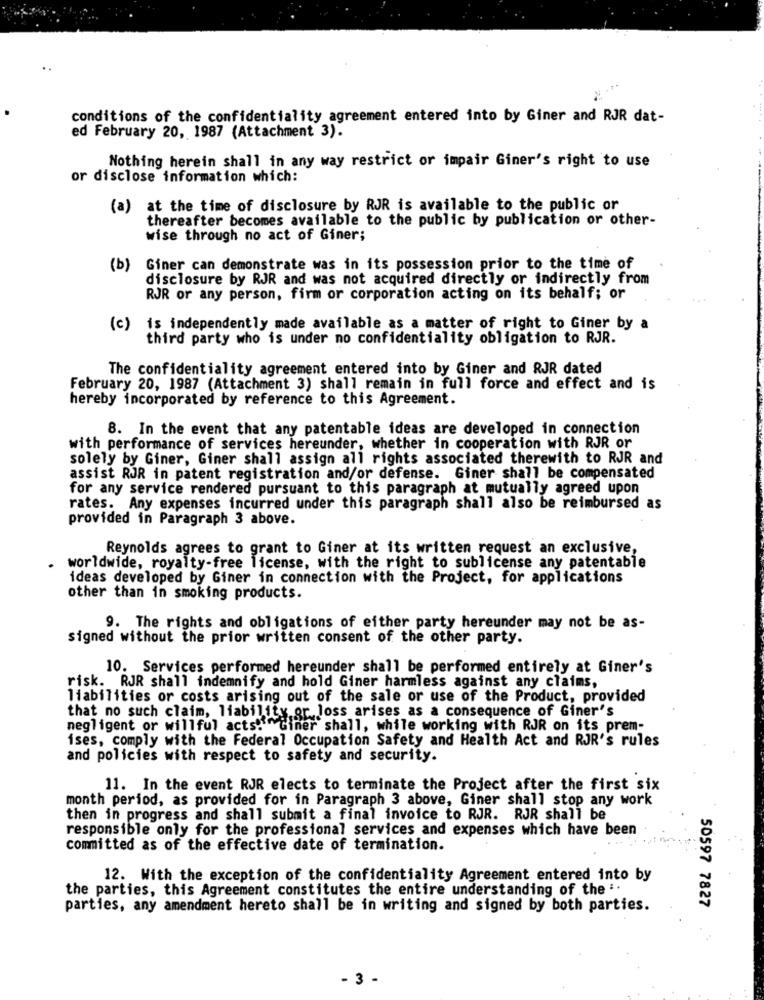
conditions of the confidentiality agreement entered into by Giner and RJR dat-
ed February 20, 1987 (Attachment 3).
Nothing herein shall in any way restrict or impair Giner's right to use
or disclose information which:
(a) at the time of disclosure by RJR is available to the public or
thereafter becomes available to the public by publication or other-
wise through no act of Giner;
(b) Giner can demonstrate was in its possession prior to the time of
disclosure by RJR and was not acquired directly or indirectly from
RJR or any person, firm or corporation acting on its behalf; or
(c)
is independently made available as a matter of right to Giner by a
third party who is under no confidentiality obligation to RJR.
The confidentiality agreement entered into by Giner and RJR dated
February 20, 1987 (Attachment 3) shall remain in full force and effect and is
hereby incorporated by reference to this Agreement.
8. In the event that any patentable ideas are developed in connection
with performance of services hereunder, whether in cooperation with RJR or
solely by Giner, Giner shall assign all rights associated therewith to RJR and
assist RJR in patent registration and/or defense. Giner shall be compensated
for any service rendered pursuant to this paragraph at mutually agreed upon
rates. Any expenses incurred under this paragraph shall also be reimbursed as
provided in Paragraph 3 above.
Reynolds agrees to grant to Giner at its written request an exclusive,
worldwide, royalty-free license, with the right to sublicense any patentable
ideas developed by Giner in connection with the Project, for applications
other than in smoking products.
9. The rights and obligations of either party hereunder may not be as-
signed without the prior written consent of the other party.
10. Services performed hereunder shall be performed entirely at Giner's
risk. RJR shall indemnify and hold Giner harmless against any claims,
liabilities or costs arising out of the sale or use of the Product, provided
that no such claim, liability or loss arises as a consequence of Giner's
negligent or willful acts." Giner shall, while working with RJR on its prem-
ises, comply with the Federal Occupation Safety and Health Act and RJR's rules
and policies with respect to safety and security.
11. In the event RJR elects to terminate the Project after the first six
month period, as provided for in Paragraph 3 above, Giner shall stop any work
then in progress and shall submit a final invoice to RJR. RJR shall be
responsible only for the professional services and expenses which have been
committed as of the effective date of termination.
12. With the exception of the confidentiality Agreement entered into by
the parties, this Agreement constitutes the entire understanding of the :.
parties, any amendment hereto shall be in writing and signed by both parties.
50597 7827
- 3 -